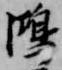
鴻